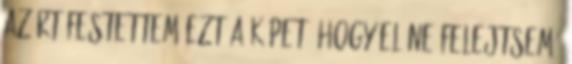
Azért festettem ezt a képet, hogy el ne felejtsem,